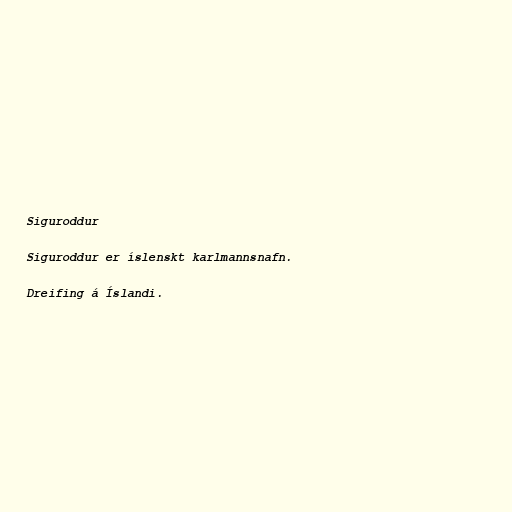
Siguroddur

Siguroddur er íslenskt karlmannsnafn.

Dreifing á Íslandi.